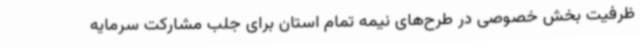
ظرفیت بخش خصوصی در طرح‌های نیمه تمام استان برای جلب مشارکت سرمایه